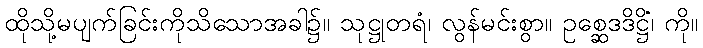
ထိုသို့မပျက်ခြင်းကိုသိသောအခါ၌။ သုဋ္ဌုတရံ၊ လွန်မင်းစွာ။ ဥစ္ဆေဒဒိဋ္ဌိံ၊ ကို။